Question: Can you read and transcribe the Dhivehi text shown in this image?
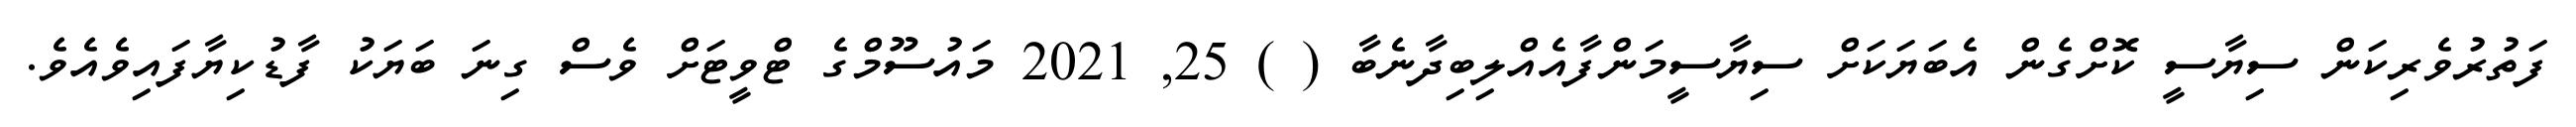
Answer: ފަތުރުވެރިކަން ސިޔާސީ ކޮށްގެން އެބަޔަކަށް ސިޔާސީމަންފާއެއްލިބިދާނެބާ ( ) 25, 2021 މައުސޫމްގެ ޓްވީޓަށް ވެސް ގިނަ ބަޔަކު ފާޑުކިޔާފައިވެއެވެ.